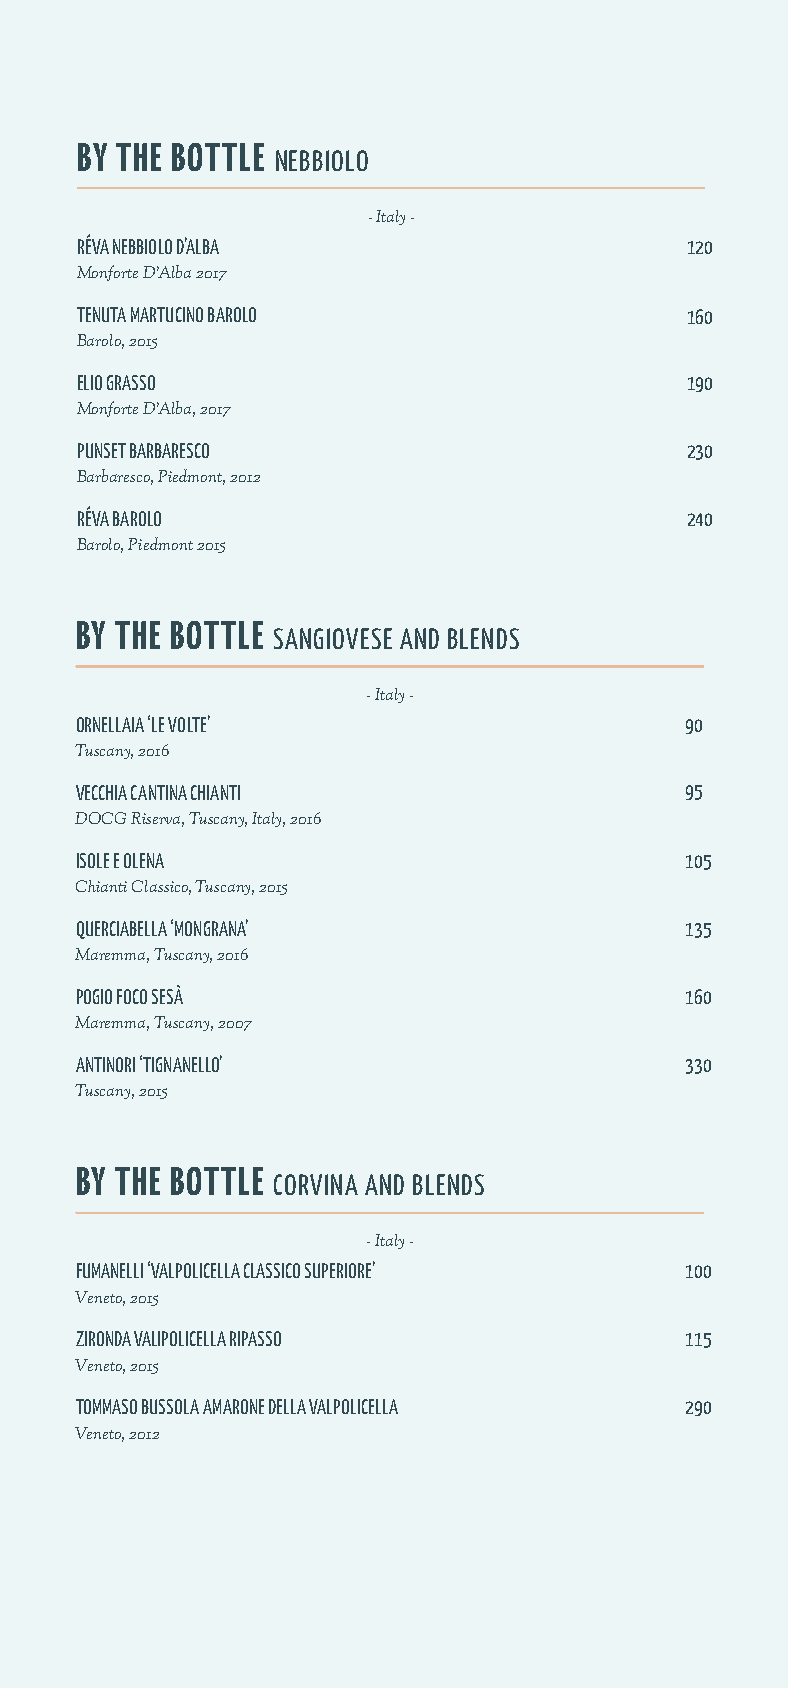
BY THE BOTTLE
 NEBBIOLO
 - Italy -
 RÉVA NEBBIOLO D’ALBA                    120
 Monforte D’Alba 2017
 TENUTA MARTUCINO BAROLO                 160
 Barolo, 2015
 ELIO GRASSO                             190
 Monforte D’Alba, 2017
 PUNSET BARBARESCO                       230
 Barbaresco, Piedmont, 2012
 RÉVA BAROLO                             240
 Barolo, Piedmont 2015
 BY THE BOTTLE
 SANGIOVESE AND BLENDS
 - Italy -
 ORNELLAIA ‘LE VOLTE’                    90
 Tuscany, 2016
 VECCHIA CANTINA CHIANTI                 95
 DOCG Riserva, Tuscany, Italy, 2016
 ISOLE E OLENA                           105
 Chianti Classico, Tuscany, 2015
 QUERCIABELLA ‘MONGRANA’                 135
 Maremma, Tuscany, 2016
 POGIO FOCO SESÀ                         160
 Maremma, Tuscany, 2007
 ANTINORI ‘TIGNANELLO’                   330
 Tuscany, 2015
 BY THE BOTTLE
 CORVINA AND BLENDS
 - Italy -
 FUMANELLI ‘VALPOLICELLA CLASSICO SUPERIORE’ 100
 Veneto, 2015
 ZIRONDA VALIPOLICELLA RIPASSO           115
 Veneto, 2015
 TOMMASO BUSSOLA AMARONE DELLA VALPOLICELLA 290
 Veneto, 2012